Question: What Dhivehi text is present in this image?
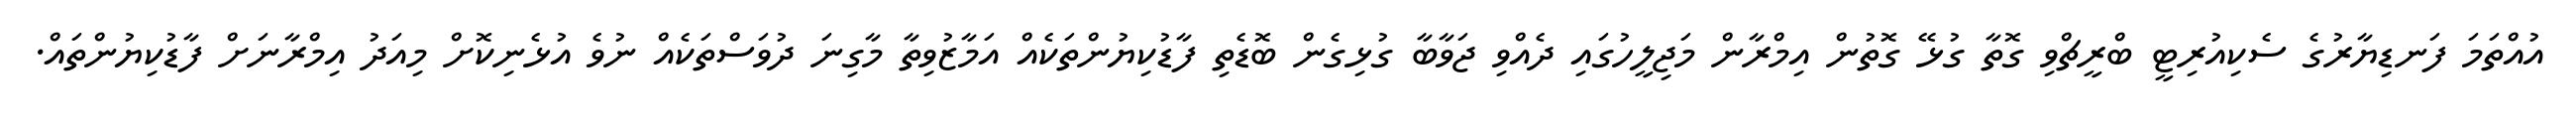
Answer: އުއްތަމަ ފަނޑިޔާރުގެ ސެކިއުރިޓީ ބްރީޗްވި ގޮތާ ގުޅޭ ގޮތުން އިމްރާން މަޖިލީހުގައި ދެއްވި ޖަވާބާ ގުޅިގެން ބޮޑެތި ފާޑުކިޔުންތަކެއް އަމާޒުވިތާ މާގިނަ ދުވަސްތަކެއް ނުވެ އުޅެނިކޮށް މިއަދު އިމްރާނަށް ފާޑުކިޔުންތައް.